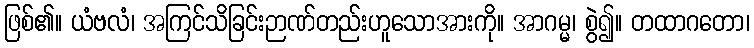
ဖြစ်၏။ ယံဗလံ၊ အကြင်သိခြင်းဉာဏ်တည်းဟူသောအားကို။ အာဂမ္မ၊ စွဲ၍။ တထာဂတော၊